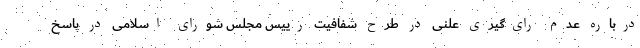
درباره عدم رای‌گیری علنی در طرح شفافیت رییس مجلس شورای اسلامی در پاسخ